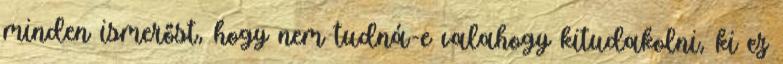
minden ismerőst, hogy nem tudná-e valahogy kitudakolni, ki ez